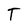
Character: T